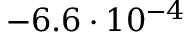
- 6 . 6 \cdot 1 0 ^ { - 4 }